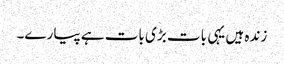
زندہ ہیں یہی بات بڑی بات ہے پیارے۔